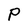
Character: P